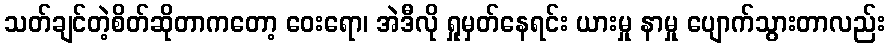
သတ်ချင်တဲ့စိတ်ဆိုတာကတော့ ဝေးရော၊ အဲဒီလို ရှုမှတ်နေရင်း ယားမှု နာမှု ပျောက်သွားတာလည်း